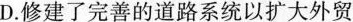
D.修建了完善的道路系统以扩大外贸